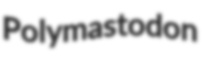
Polymastodon